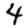
Digit: 4